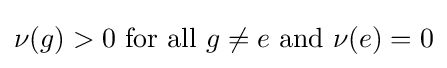
\nu (g)>0{\text{ for all }}g\neq e{\text{ and }}\nu (e)=0